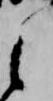
之